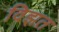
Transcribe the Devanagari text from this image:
विझत